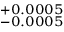
^ { + 0 . 0 0 0 5 } _ { - 0 . 0 0 0 5 }